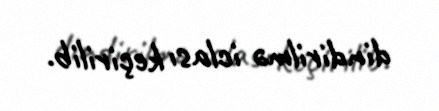
dindirilmə iclası keçirilib.